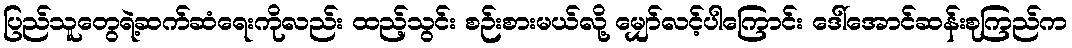
ပြည်သူတွေရဲ့ဆက်ဆံရေးကိုလည်း ထည့်သွင်း စဉ်းစားမယ်လို့ မျှော်လင့်ပါကြောင်း ဒေါ်အောင်ဆန်းစုကြည်က